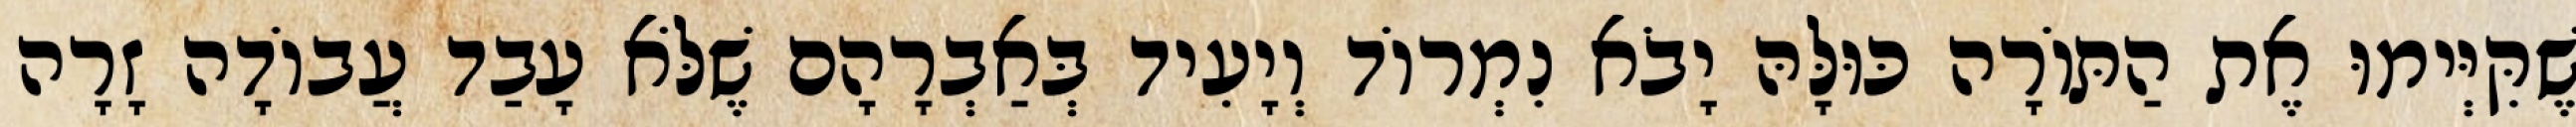
שֶׁקִּיְּימוּ אֶת הַתּוֹרָה כּוּלָּהּ יָבֹא נִמְרוֹד וְיָעִיד בְּאַבְרָהָם שֶׁלֹּא עָבַד עֲבוֹדָה זָרָה